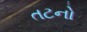
તટનો